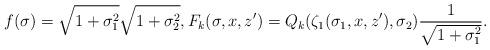
LaTeX: \begin{align*}f(\sigma) &= \sqrt{1+\sigma_1^2}\sqrt{1+\sigma_2^2},F_k(\sigma, x, z') = Q_k(\zeta_1(\sigma_1, x, z'), \sigma_2)\frac{1}{\sqrt{1+\sigma_1^2}}.\end{align*}